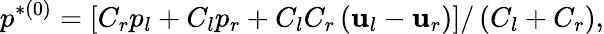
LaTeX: p^{*(0)}=\left[C_{r}p_{l}+C_{l}p_{r}+C_{l}C_{r}\left(\mathbf{u}_{l}-\mathbf{u}_{r}\right)\right]/\left(C_{l}+C_{r}\right),